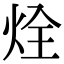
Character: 烇